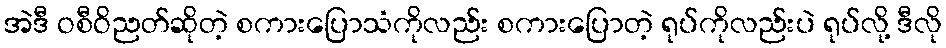
အဲဒီ ဝစီဝိညတ်ဆိုတဲ့ စကားပြောသံကိုလည်း စကားပြောတဲ့ ရုပ်ကိုလည်းပဲ ရုပ်လို့ ဒီလို